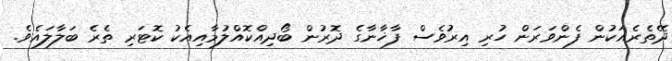
ދޭތެރެއަކުން ފެންވަރަން ހުރި އިރުވެސް ފާޚާނާގެ ދޮރުން ބޯދިއްކޮއްލުމާއިއެކު ކޮޓަރި ތެރެ ބަލާލައެވެ.